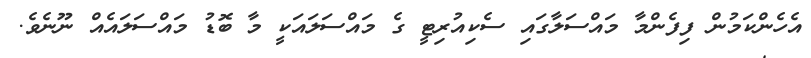
އެހެންކަމުން ފިފެންމާ މައްސަލާގައި ސެކިއުރިޓީ ގެ މައްސަލައަކީ މާ ބޮޑު މައްސަލައެއް ނޫނެވެ.